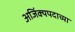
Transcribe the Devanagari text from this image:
अजिंक्यपदाच्या